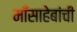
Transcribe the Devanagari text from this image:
माँसाहेबांची